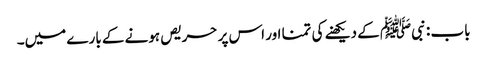
باب : نبیﷺ کے دیکھنے کی تمنا اور اس پر حریص ہونے کے بارے میں۔